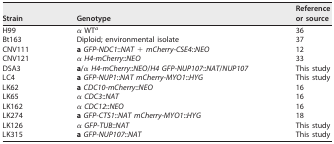
<table><thead><tr><td><b>Strain</b></td><td><b>Genotype</b></td><td><b>Reference or source</b></td></tr></thead><tbody><tr><td>H99</td><td>α WT<sup>a</sup></td><td>36</td></tr><tr><td>Bt163</td><td>Diploid; environmental isolate</td><td>37</td></tr><tr><td>CNV111</td><td><b>a</b><i>GFP-NDC1</i>::<i>NAT</i> + <i>mCherry-CSE4</i>::<i>NEO</i></td><td>12</td></tr><tr><td>CNV121</td><td>α <i>H4-mCherry</i>::<i>NEO</i></td><td>33</td></tr><tr><td>DSA3</td><td><b>a</b>/α <i>H4-mCherry</i>::<i>NEO</i>/<i>H4 GFP-NUP107</i>::<i>NAT</i>/<i>NUP107</i></td><td>This study</td></tr><tr><td>LC4</td><td><b>a</b><i>GFP-NUP1</i>::<i>NAT mCherry-MYO1</i>::<i>HYG</i></td><td>This study</td></tr><tr><td>LK62</td><td><b>a</b><i>CDC10-mCherry</i>::<i>NEO</i></td><td>16</td></tr><tr><td>LK65</td><td>α <i>CDC3</i>::<i>NAT</i></td><td>16</td></tr><tr><td>LK162</td><td>α <i>CDC12</i>::<i>NEO</i></td><td>16</td></tr><tr><td>LK274</td><td><b>a</b><i>GFP-CTS1</i>::<i>NAT mCherry-MYO1</i>::<i>HYG</i></td><td>18</td></tr><tr><td>LK126</td><td>α <i>GFP-TUB</i>::<i>NAT</i></td><td>This study</td></tr><tr><td>LK315</td><td><b>a</b><i>GFP-NUP107</i>::<i>NAT</i></td><td>This study</td></tr></tbody></table>